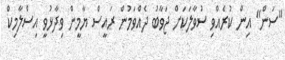
"ސަން" އިން ކުރެއްވި ސުވާލަކަށް ޖަވާބު ދެއްވަމުން ރައީސް ޔާމީން ވިދާޅުވީ އިސްލާމިކް